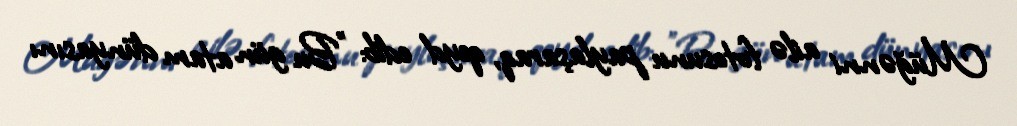
Müğənni ailə fotosunu paylaşaraq, qeyd edib: "Bu gün atam dünyasını